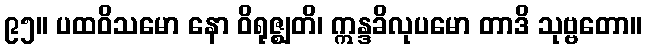
၉၅။ ပထဝိသမော နော ဝိရုဇ္ဈတိ၊ ဣန္ဒခိလုပမော တာဒိ သုဗ္ဗတော။